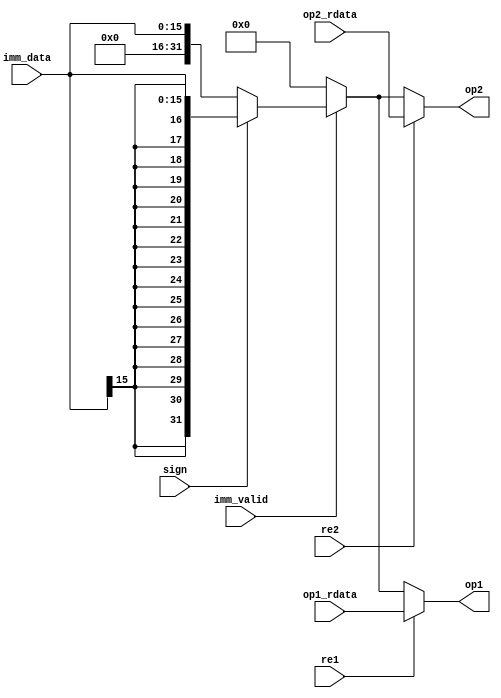
/*
 * generate oprands
 */

module gen_oprands (
   // input from the instr_dec module
   input re1,
   input re2,
   input [15:0] imm_data,
   input imm_valid,
   input sign,
   
   // from reg file
   input [31:0] op1_rdata,
   input [31:0] op2_rdata,
   
   // oprands
   output [31:0] op1,
   output [31:0] op2
);

   reg [31:0] op1_r, op2_r;
   reg imm_high;
   always@(*) begin
      if (re1)
         op1_r = op1_rdata;
      else if (imm_valid)
         op1_r = sign ? {{16{imm_data[15]}}, imm_data} : {16'h0, imm_data};
      else
         op1_r = 32'h0;
   end

   always@(*) begin
      if (re2)
         op2_r = op2_rdata;
      else if (imm_valid)
         op2_r = sign ? {{16{imm_data[15]}}, imm_data} : {16'h0, imm_data};
      else
         op2_r = 32'h0;
   end

   assign op1 = op1_r;
   assign op2 = op2_r;

endmodule